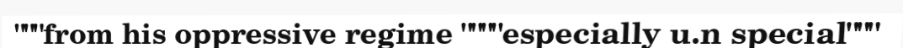
"""from his oppressive regime """"especially u.n special"""